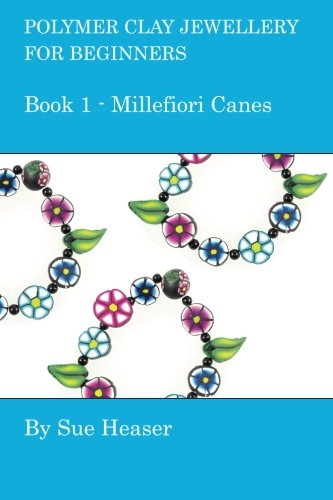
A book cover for Polymer Clay Jewellery for Beginners: Book 1 - Millefiori Canes; Sue Heaser; Crafts, Hobbies & Home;